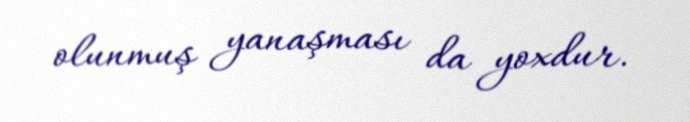
olunmuş yanaşması da yoxdur.